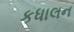
કધાલન